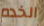
الخدم